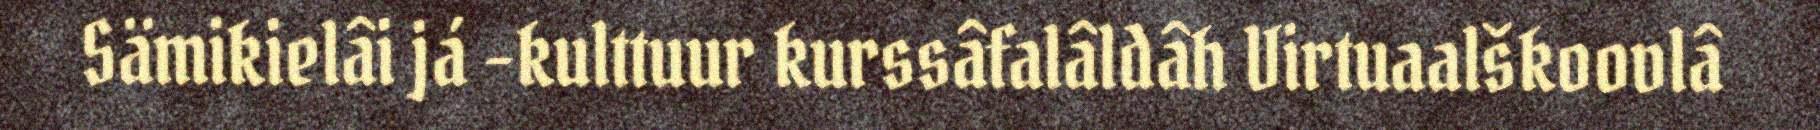
Sämikielâi já -kulttuur kurssâfalâldâh Virtuaalškoovlâ